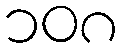
၁၀၈